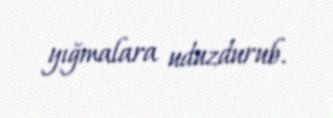
yığmalara uduzdurub.